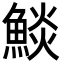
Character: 𩸥